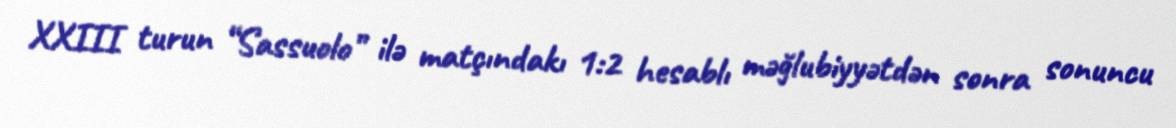
XXIII turun “Sassuolo” ilə matçındakı 1:2 hesablı məğlubiyyətdən sonra sonuncu